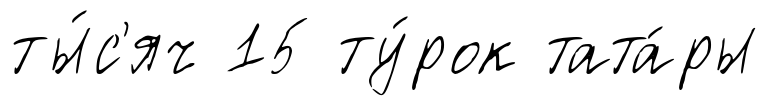
ты́с'яч 15 ту́рок тата́ры